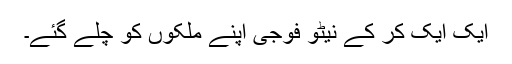
ایک ایک کر کے نیٹو فوجی اپنے ملکوں کو چلے گئے۔